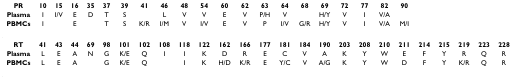
<table><thead><tr><td><b>PR</b></td><td><b>10</b></td><td><b>15</b></td><td><b>16</b></td><td><b>35</b></td><td><b>37</b></td><td><b>39</b></td><td><b>41</b></td><td><b>46</b></td><td><b>48</b></td><td><b>54</b></td><td><b>60</b></td><td><b>62</b></td><td><b>63</b></td><td><b>64</b></td><td><b>68</b></td><td><b>69</b></td><td><b>72</b></td><td><b>77</b></td><td><b>82</b></td><td><b>90</b></td><td></td><td></td><td></td><td></td><td></td></tr><tr><td><b>Plasma</b></td><td><b>I</b></td><td><b>I/V</b></td><td><b>E</b></td><td><b>D</b></td><td><b>T</b></td><td><b>S</b></td><td></td><td><b>L</b></td><td><b>V</b></td><td><b>V</b></td><td><b>E</b></td><td><b>V</b></td><td><b>P/H</b></td><td><b>V</b></td><td></td><td><b>H/Y</b></td><td><b>V</b></td><td><b>I</b></td><td><b>V/A</b></td><td></td><td></td><td></td><td></td><td></td><td></td></tr><tr><td><b>PBMCs</b></td><td><b>I</b></td><td></td><td><b>E</b></td><td></td><td><b>T</b></td><td><b>S</b></td><td><b>K/R</b></td><td><b>I/M</b></td><td><b>V</b></td><td><b>I/V</b></td><td><b>E</b></td><td><b>V</b></td><td><b>P</b></td><td><b>I/V</b></td><td><b>G/R</b></td><td><b>H/Y</b></td><td><b>V</b></td><td><b>I</b></td><td><b>V/A</b></td><td><b>M/I</b></td><td></td><td></td><td></td><td></td><td></td></tr></thead><tbody><tr><td><b>RT</b></td><td><b>41</b></td><td><b>43</b></td><td><b>44</b></td><td><b>69</b></td><td><b>98</b></td><td><b>101</b></td><td><b>102</b></td><td><b>108</b></td><td><b>118</b></td><td><b>122</b></td><td><b>162</b></td><td><b>166</b></td><td><b>177</b></td><td><b>181</b></td><td><b>184</b></td><td><b>190</b></td><td><b>203</b></td><td><b>208</b></td><td><b>210</b></td><td><b>211</b></td><td><b>214</b></td><td><b>215</b></td><td><b>219</b></td><td><b>223</b></td><td><b>228</b></td></tr><tr><td><b>Plasma</b></td><td>L</td><td>E</td><td>A</td><td>N</td><td>G</td><td>K/E</td><td>Q</td><td>I</td><td>I</td><td>K</td><td>D</td><td>R</td><td>E</td><td>C</td><td>V</td><td>A</td><td>K</td><td>Y</td><td>W</td><td>E</td><td>F</td><td>Y</td><td>R</td><td>Q</td><td>R</td></tr><tr><td><b>PBMCs</b></td><td>L</td><td>E</td><td>A</td><td></td><td>G</td><td>K/E</td><td>Q</td><td></td><td>I</td><td>K</td><td>H/D</td><td>K/R</td><td>E</td><td>Y/C</td><td>V</td><td>A/G</td><td>K</td><td>Y</td><td>W</td><td>D</td><td>F</td><td>Y</td><td>K/R</td><td>Q</td><td>R</td></tr></tbody></table>